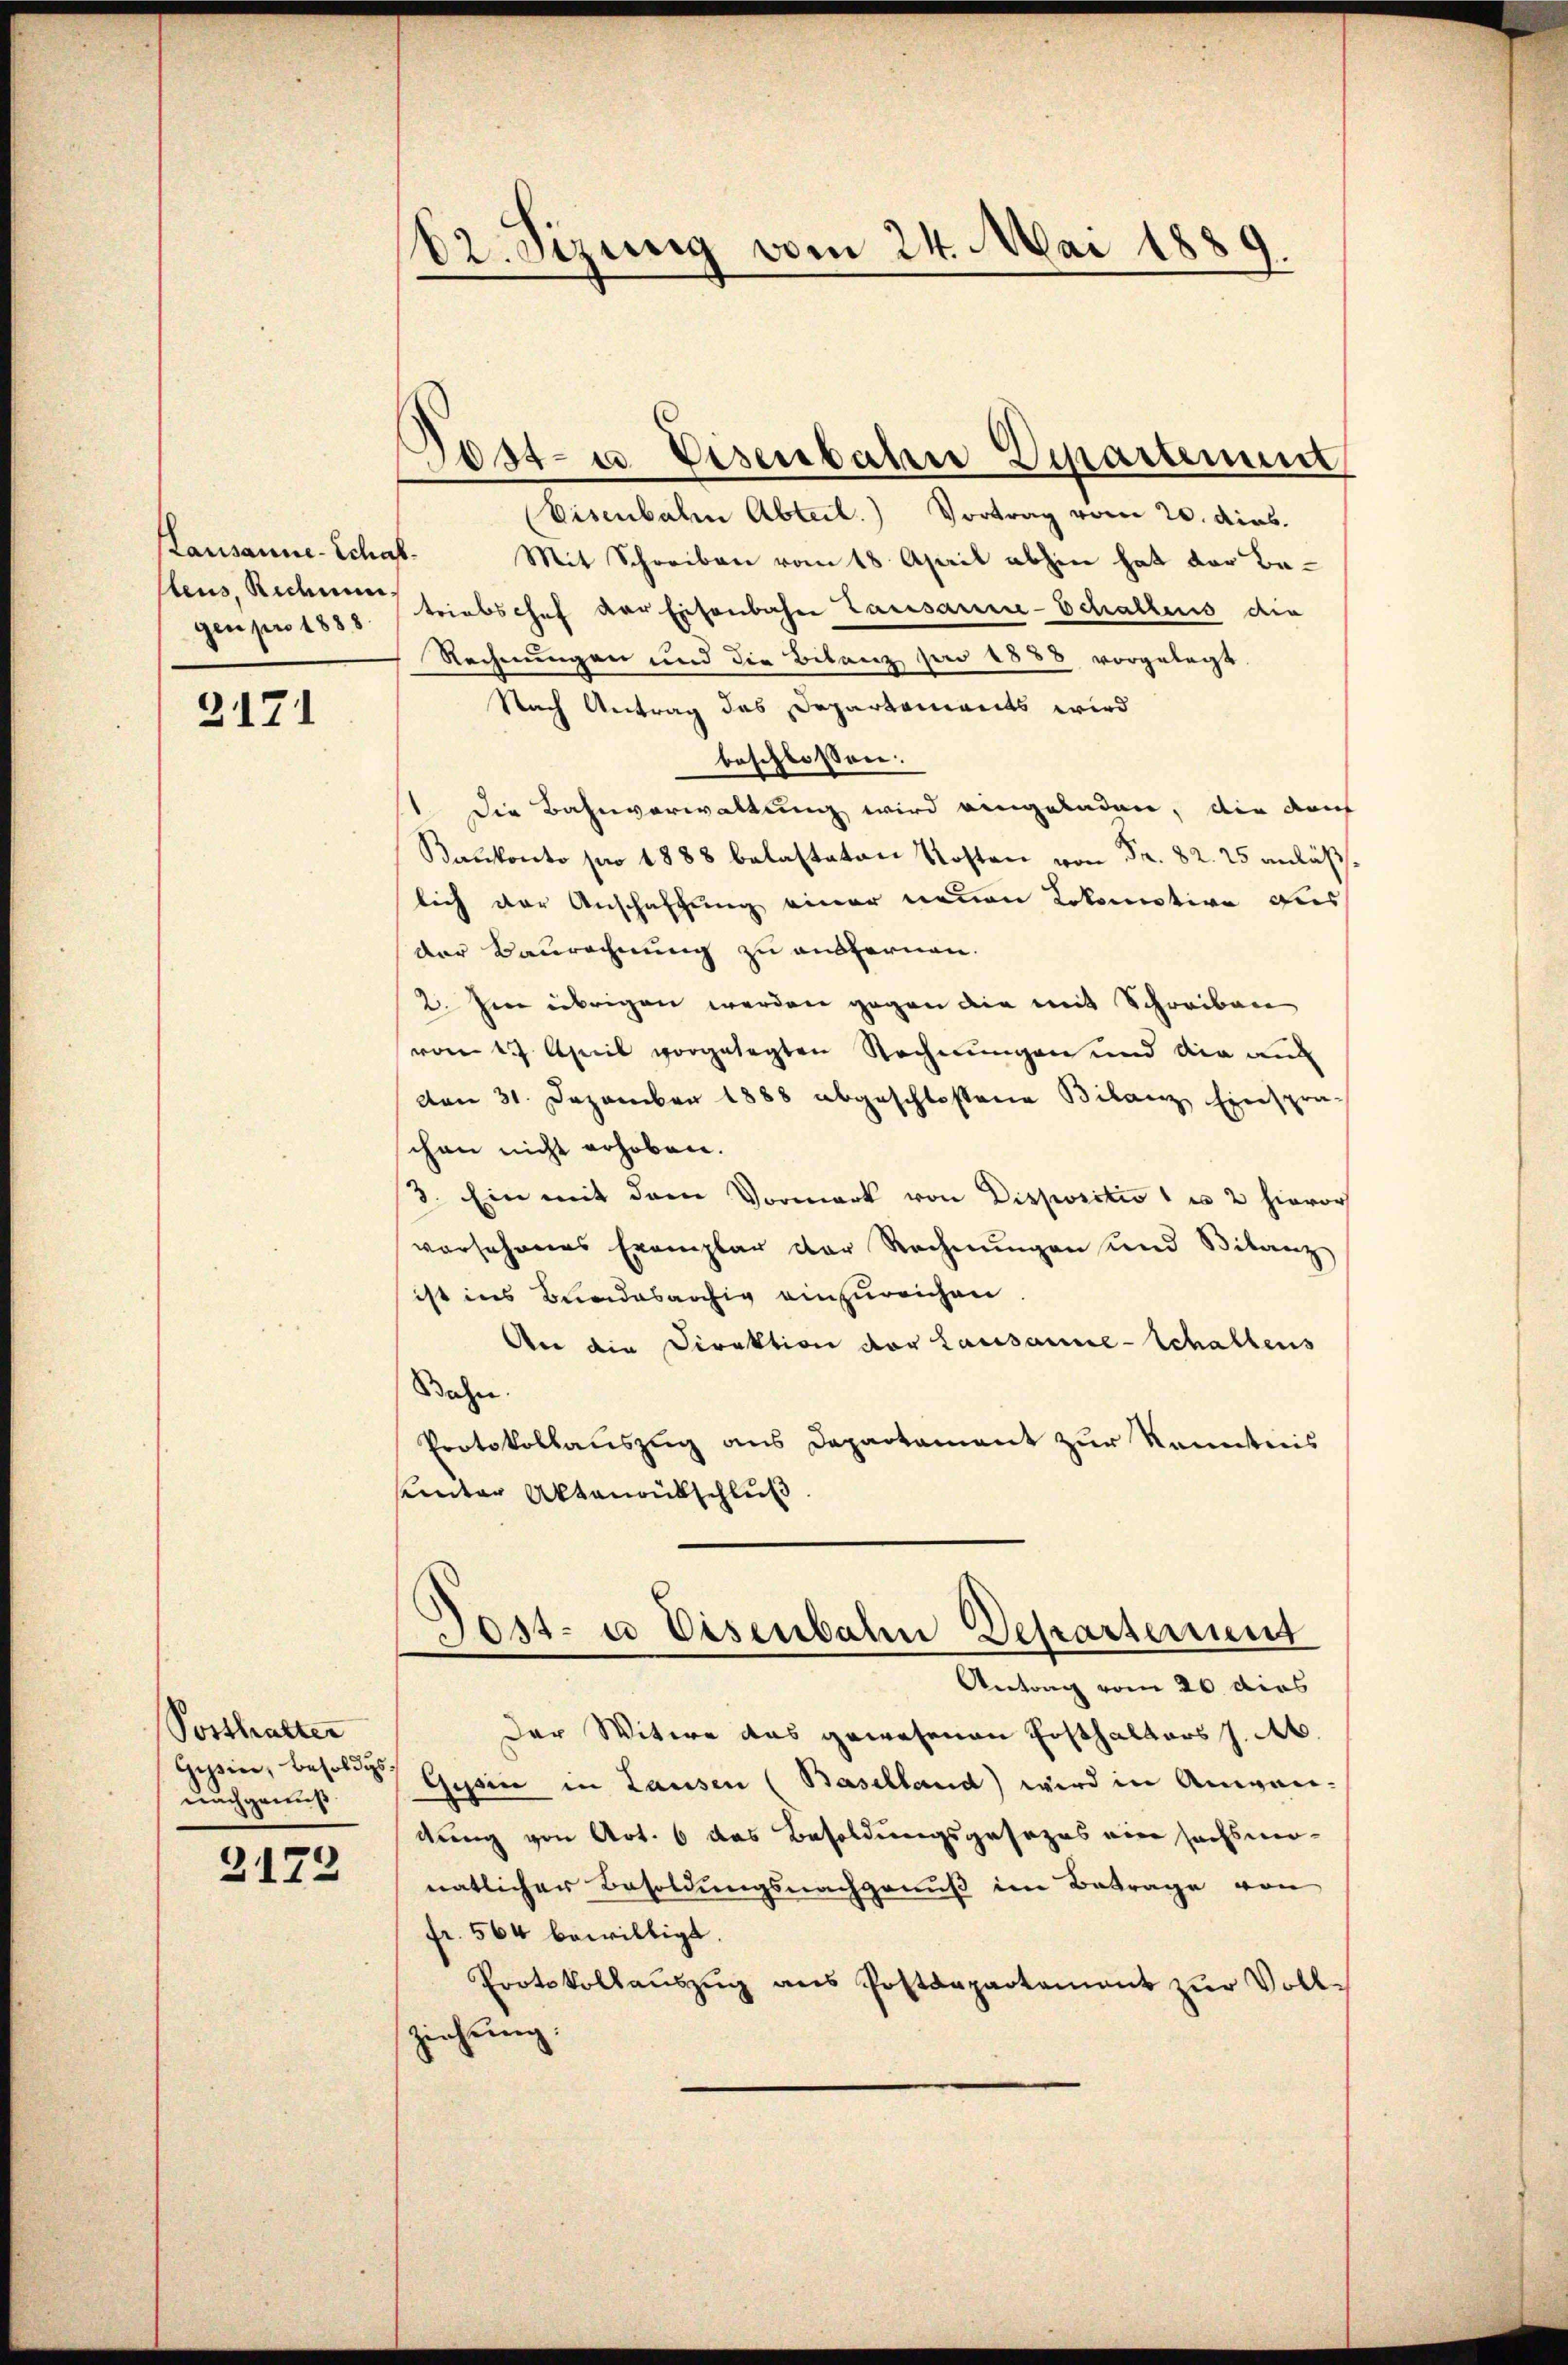
Lausanne-Schaf
stens, Rechnun

2171

Posthalter
Gessin, besoldigs
nachgenuß

2172

82. Sizung vom 24. Mai 1889.

Eisenbahn Abteil. Vortrag vom 20. dies.
Mit Schreiben vom 18. April abhin hat der Begenpro 1888. triebschef der Eisenbahn Lausanne-Schaltens die
Rechnungen und die Bilanz jar 1888 vorgelegt.
Nach Antrag des Departements wird
beschlossen:
1. Die Bahnverwaltung wird eingeladen, die durch
Baukonto pro 1888 belasteten Kosten von Fr. 82. 25 anläß
lich der Anschaffung einer neuen Lokomotive dies
der Baurechnung zu ausfernen.
2. Im übrigen werden gegen die mit Schreiben
vom 17. April vorgelegten Rechnungen und die au
den 31. Dezember 1888 abgeschlossene Bilanz Einspra-
chen nicht erhoben.
3. Ein mit dem Vormark von Dispositio 1 u 2 hievor
versehenes Exemplar der Rechnungen und Bilanz
ist ins Bundesarchig einzureichen
Aer die Direktion der Lausanne-Schaltens
Bahn.
Protokollauszug aus Departament zur Kenntnis
uinter Aktenantschluß
Gost- u Eisenbahn Departement
Antrag vom 26. dies
Der Witwe das gewesenen Ersthalters J. A.
Gessin in Lausen (Baselland) wird in Angai-
dung von Art. 6 das Besoldungsgesezes ein sechsmo-
natlicher Besoldungsnachgenuß im Betrage von
fr. 564 bewilligt.
Protokollaŭszŭg ans Postdepartement zŭr Vollziehen
g.
d

Post- u Eisenbahn Departement